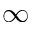
\infty